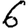
Digit: 6